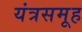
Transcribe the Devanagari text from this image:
यंत्रसमूह